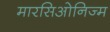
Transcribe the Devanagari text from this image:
मारसिओनिज्म